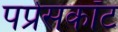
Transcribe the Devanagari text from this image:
पप्रेसकॉट